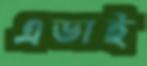
এডাই